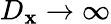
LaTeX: D_{\mathbf{x}}\rightarrow\infty